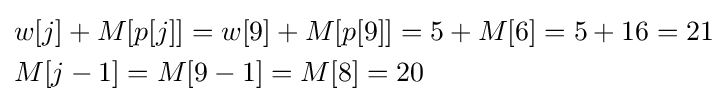
{\begin{aligned}&w[j]+M[p[j]]=w[9]+M[p[9]]=5+M[6]=5+16=21\\&M[j-1]=M[9-1]=M[8]=20\end{aligned}}